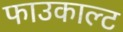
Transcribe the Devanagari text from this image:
फाउकाल्ट